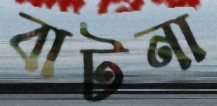
বাটনা